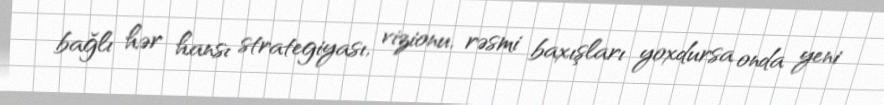
bağlı hər hansı strategiyası, vizionu, rəsmi baxışları yoxdursa onda yeni